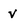
Character: v